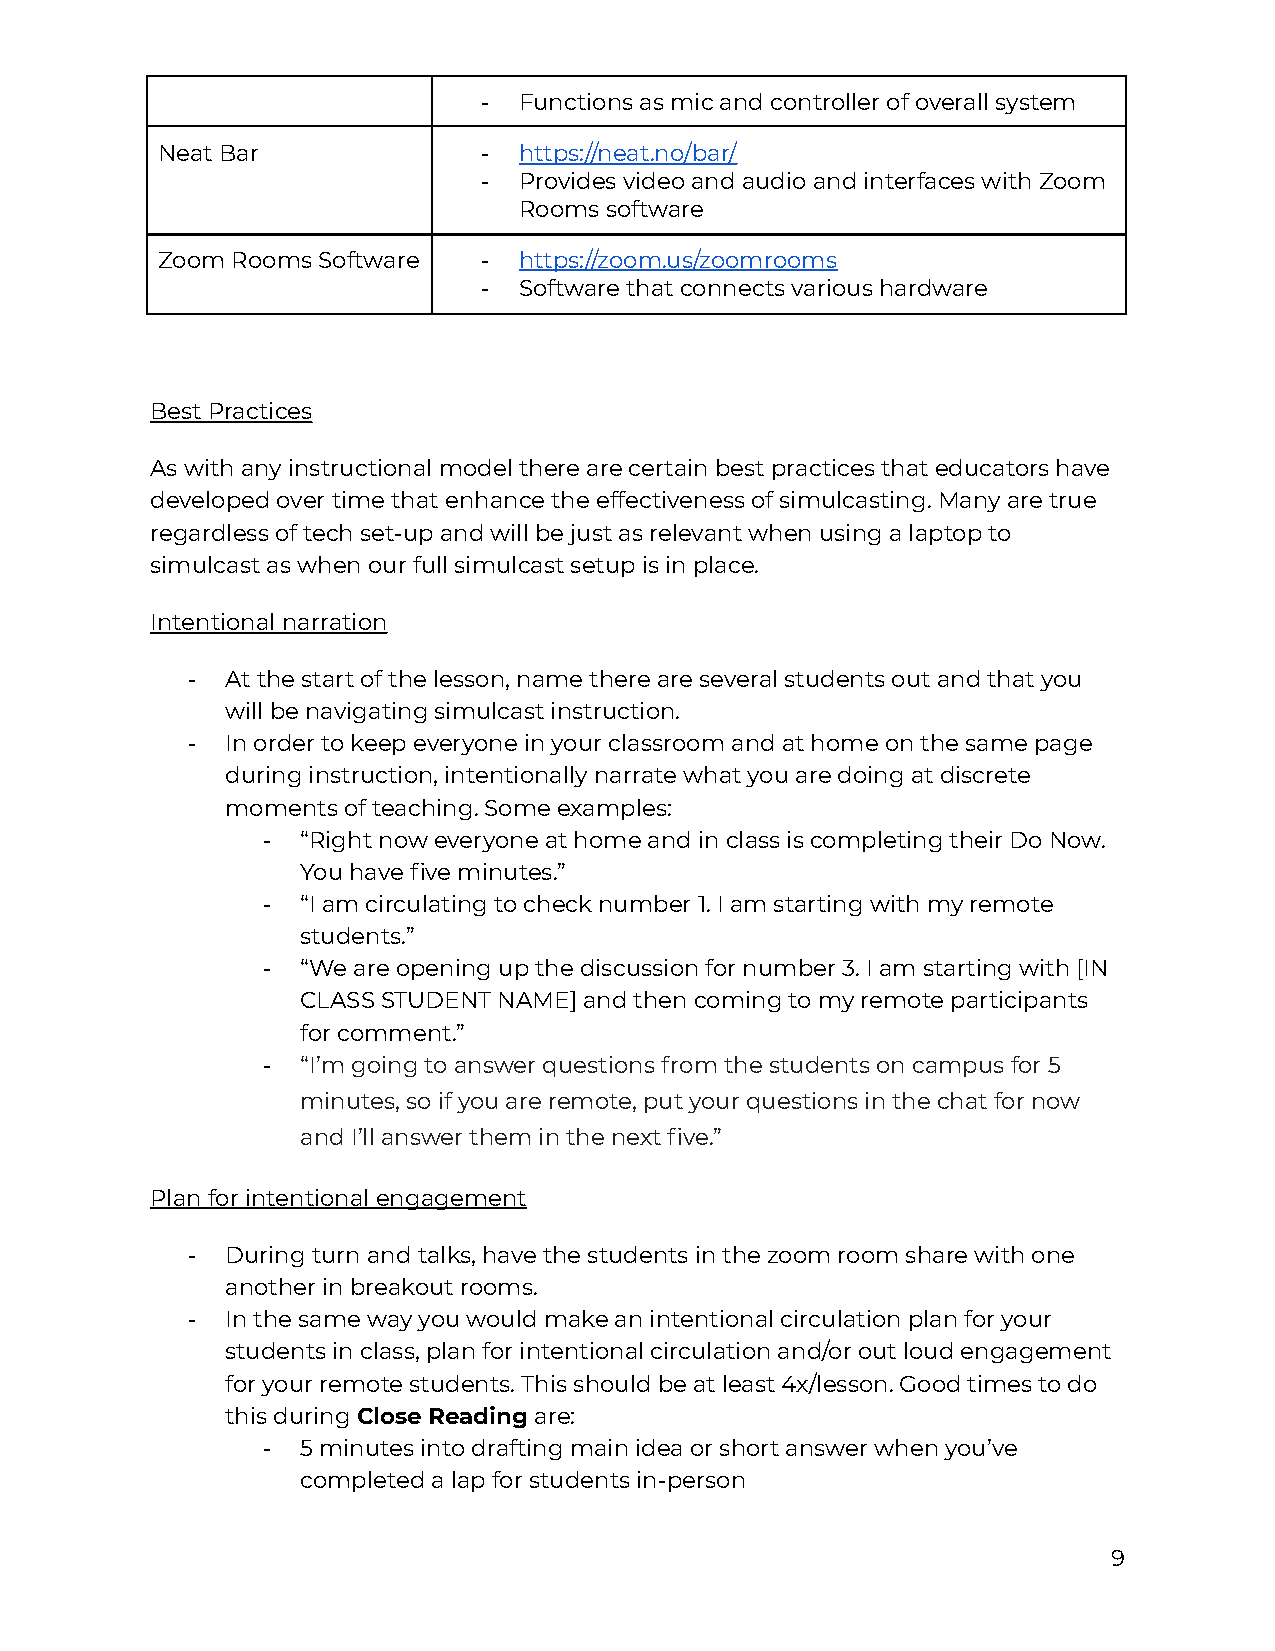
- Functions as mic and controller of overall system
 Neat Bar              - https://neat.no/bar/
 - Provides video and audio and interfaces with Zoom
 Rooms software
 Zoom Rooms Software   - https://zoom.us/zoomrooms
 - Software that connects various hardware
 Best Practices
 As with any instructional model there are certain best practices that educators have
 developed over time that enhance the effectiveness of simulcasting. Many are true
 regardless of tech set-up and will be just as relevant when using a laptop to
 simulcast as when our full simulcast setup is in place.
 Intentional narration
 -  At the start of the lesson, name there are several students out and that you
 will be navigating simulcast instruction.
 -  In order to keep everyone in your classroom and at home on the same page
 during instruction, intentionally narrate what you are doing at discrete
 moments of teaching. Some examples:
 -  “Right now everyone at home and in class is completing their Do Now.
 You have five minutes.”
 -  “I am circulating to check number 1. I am starting with my remote
 students.”
 -  “We are opening up the discussion for number 3. I am starting with [IN
 CLASS STUDENT NAME] and then coming to my remote participants
 for comment.”
 -  “I’m going to answer questions from the students on campus for 5
 minutes, so if you are remote, put your questions in the chat for now
 and I’ll answer them in the next five.”
 Plan for intentional engagement
 -  During turn and talks, have the students in the zoom room share with one
 another in breakout rooms.
 -  In the same way you would make an intentional circulation plan for your
 students in class, plan for intentional circulation and/or out loud engagement
 for your remote students. This should be at least 4x/lesson. Good times to do
 this duringClose Readingare:
 -  5 minutes into drafting main idea or short answer when you’ve
 completed a lap for students in-person
 9